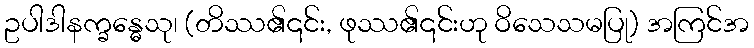
ဥပါဒါနက္ခန္ဓေသု၊ (တိဿ၏၎င်း, ဖုဿ၏၎င်းဟု ဝိသေသမပြု) အကြင်အ